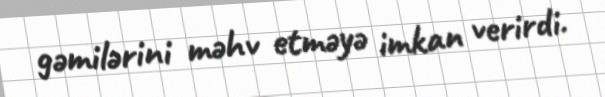
gəmilərini məhv etməyə imkan verirdi.